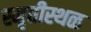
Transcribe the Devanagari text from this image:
स्मृतीस्थळ